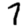
Digit: 7